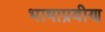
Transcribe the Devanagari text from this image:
भाषाप्रवीण